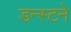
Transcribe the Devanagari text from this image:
डन्स्टने